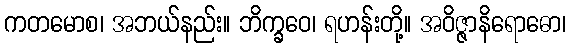
ကတမောစ၊ အဘယ်နည်း။ ဘိက္ခဝေ၊ ရဟန်းတို့။ အဝိဇ္ဇာနိရောဓော၊